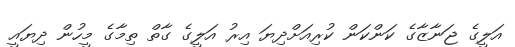
އަލީގެ ޖަނާޒާގެ ކަންކަން ކުރިއަށްދިޔަ އިރު އަލީގެ ގާތް ތިމާގެ މީހުން ދިޔައީ